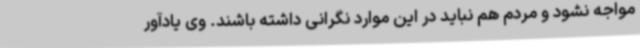
مواجه نشود و مردم هم نباید در این موارد نگرانی داشته باشند. وی یادآور